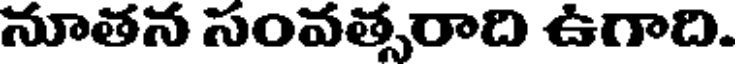
నూతన సంవత్సరాది ఉగాది.